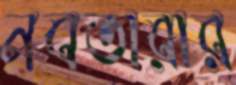
নবতারার